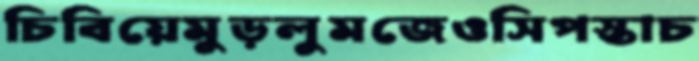
চিবিয়েমুড়লুমজেওসিপস্তাচ